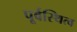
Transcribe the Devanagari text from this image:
पूर्वस्थित्व